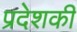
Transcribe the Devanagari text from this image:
प्रदेशकी